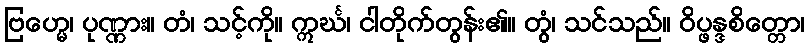
ဗြဟ္မေ၊ ပုဏ္ဏား။ တံ၊ သင့်ကို။ ဣင်္ဃ၊ ငါတိုက်တွန်း၏။ တွံ၊ သင်သည်။ ဝိပ္ဖန္ဒစိတ္တော၊